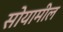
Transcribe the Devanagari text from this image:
सोयामील